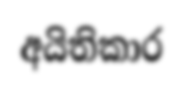
අයිතිකාර